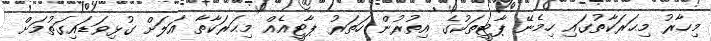
މިހާރު މިޙަރަކާތުގައި ހިމެނޭ ޕާޓީތަކުގެ އިތުރުން ހަތަރު ޕާޓީއެއް މިޙަރަކާތާ އަލަށް ގުޅިވަޑައިގަތުމަށް